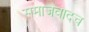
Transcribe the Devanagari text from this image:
समाजवादच